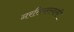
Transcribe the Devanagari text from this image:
नरसिम्हस्वामी